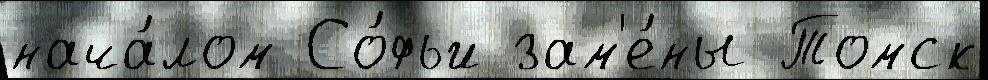
нача́лом Со́фьи зам'е́ны Томск